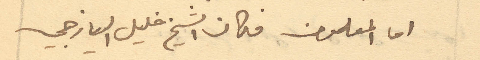
اما المعلمون فكان الشيخ خليل اليازجي